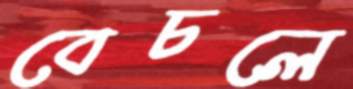
বেচলে